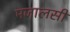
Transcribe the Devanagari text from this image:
मजालसी